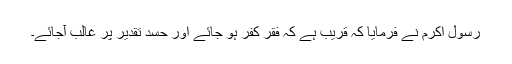
رسول اکرمؐ نے فرمایا کہ قریب ہے کہ فقر کفر ہو جائے اور حسد تقدیر پر غالب آجائے۔